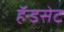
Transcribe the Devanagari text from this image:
हॅन्डसेट